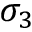
\sigma _ { 3 }